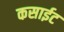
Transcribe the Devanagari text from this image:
कसाईट